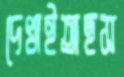
দেখাইতাছস